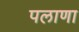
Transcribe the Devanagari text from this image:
पलाणा